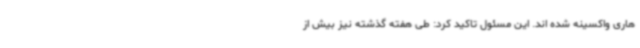
هاری واکسینه شده اند. این مسئول تاکید کرد: طی هفته گذشته نیز بیش از